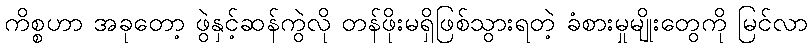
ကိစ္စဟာ အခုတော့ ဖွဲနှင့်ဆန်ကွဲလို တန်ဖိုးမရှိဖြစ်သွားရတဲ့ ခံစားမှုမျိုးတွေကို မြင်လာ